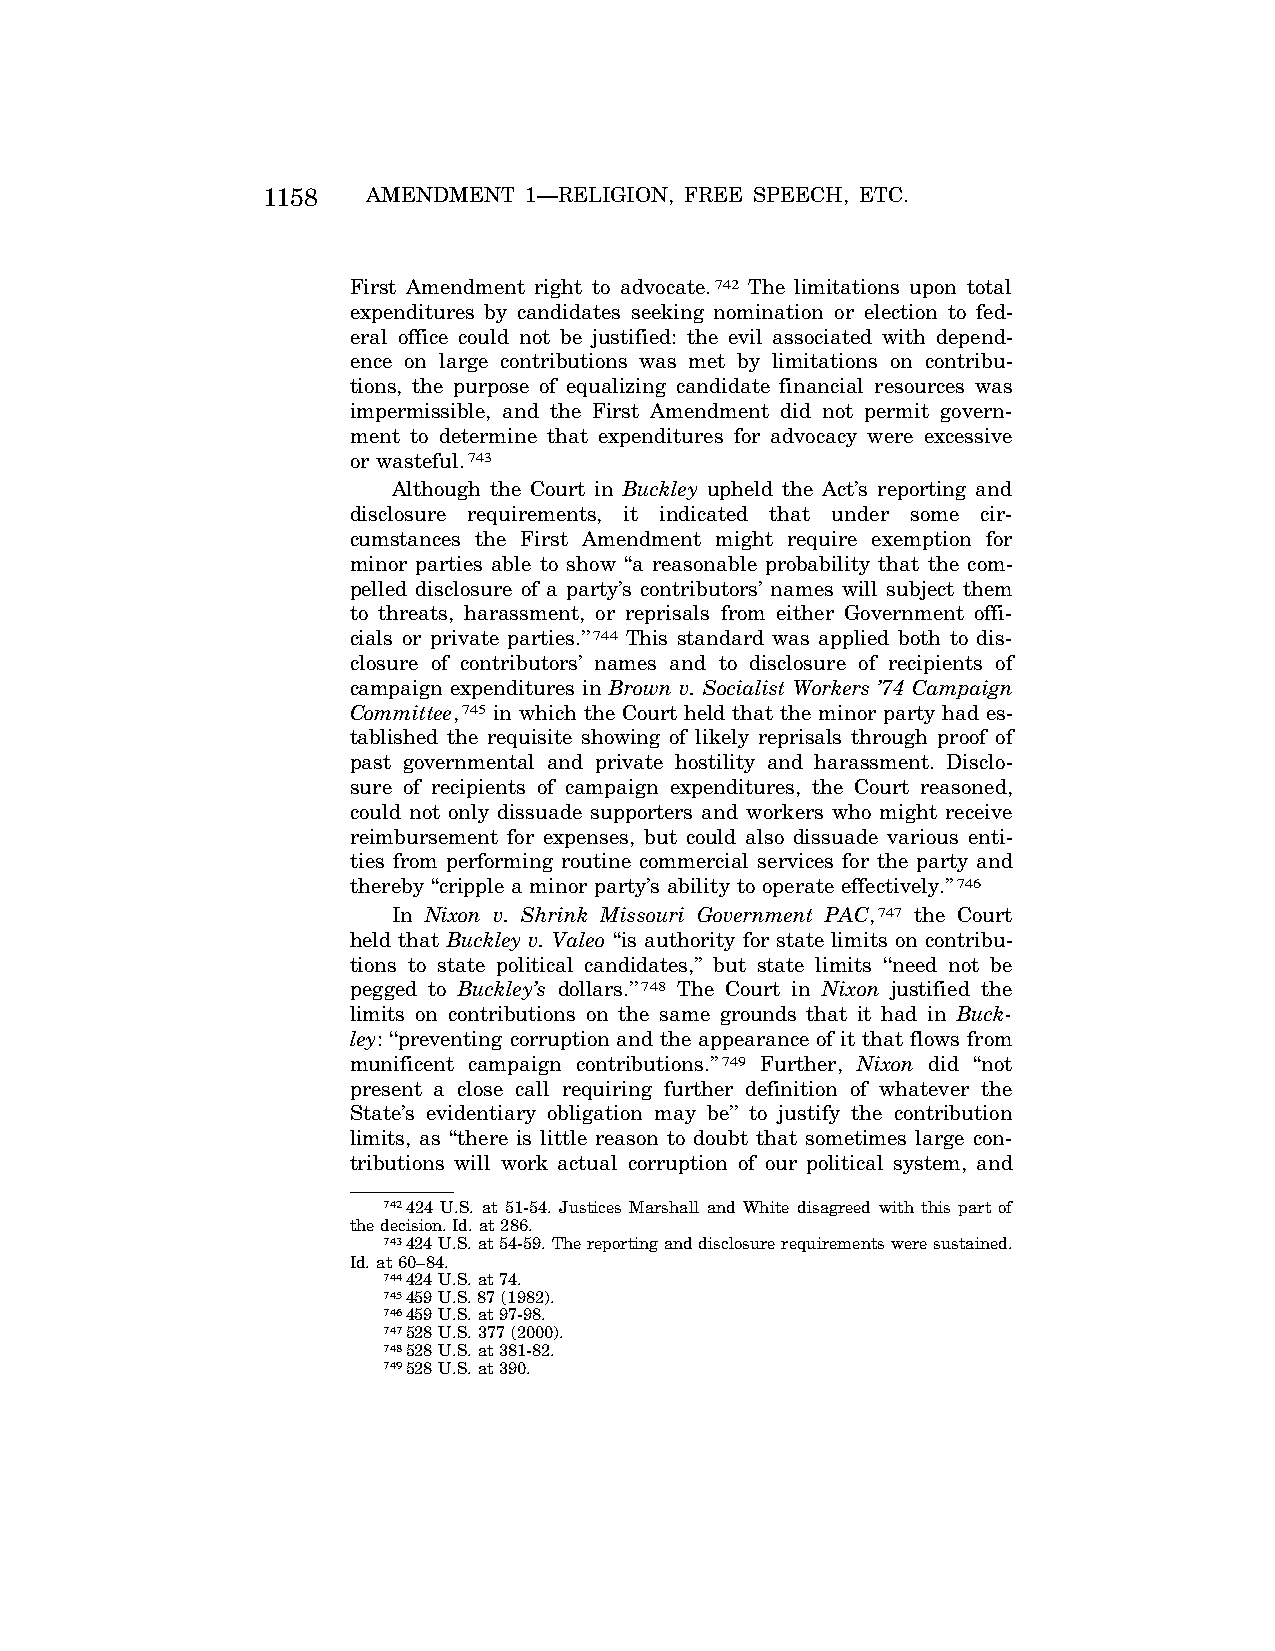
1158   AMENDMENT  1—RELIGION, FREE SPEECH, ETC.
 First Amendment right to advocate.742 The limitations upon total
 expenditures by candidates seeking nomination or election to fed-
 eral office could not be justified: the evil associated with depend-
 ence on large contributions was met by limitations on contribu-
 tions, the purpose of equalizing candidate financial resources was
 impermissible, and the First Amendment did not permit govern-
 ment to determine that expenditures for advocacy were excessive
 or wasteful.743
 Although the Court in Buckley upheld the Act’s reporting and
 disclosure requirements, it indicated that under some cir-
 cumstances the First Amendment might require exemption for
 minor parties able to show ‘‘a reasonable probability that the com-
 pelled disclosure of a party’s contributors’ names will subject them
 to threats, harassment, or reprisals from either Government offi-
 cials or private parties.’’744 This standard was applied both to dis-
 closure of contributors’ names and to disclosure of recipients of
 campaign expenditures in Brown v. Socialist Workers ’74 Campaign
 Committee,745 in which the Court held that the minor party had es-
 tablished the requisite showing of likely reprisals through proof of
 past governmental and private hostility and harassment. Disclo-
 sure of recipients of campaign expenditures, the Court reasoned,
 could not only dissuade supporters and workers who might receive
 reimbursement for expenses, but could also dissuade various enti-
 ties from performing routine commercial services for the party and
 thereby ‘‘cripple a minor party’s ability to operate effectively.’’746
 In Nixon v. Shrink Missouri Government PAC,747 the Court
 held that Buckley v. Valeo ‘‘is authority for state limits on contribu-
 tions to state political candidates,’’ but state limits ‘‘need not be
 pegged to Buckley’s dollars.’’748 The Court in Nixon justified the
 limits on contributions on the same grounds that it had in Buck-
 ley: ‘‘preventing corruption and the appearance of it that flows from
 munificent campaign contributions.’’749 Further, Nixon did ‘‘not
 present a close call requiring further definition of whatever the
 State’s evidentiary obligation may be’’ to justify the contribution
 limits, as ‘‘there is little reason to doubt that sometimes large con-
 tributions will work actual corruption of our political system, and
 742424 U.S. at 51-54. Justices Marshall and White disagreed with this part of
 the decision. Id. at 286.
 743424 U.S. at 54-59. The reporting and disclosure requirements were sustained.
 Id. at 60–84.
 744424 U.S. at 74.
 745459 U.S. 87 (1982).
 746459 U.S. at 97-98.
 747528 U.S. 377 (2000).
 748528 U.S. at 381-82.
 749528 U.S. at 390.
 VerDate Apr<15>2004 08:57 Jun 25, 2004 Jkt 077500 PO 00000 Frm 00146 Fmt 8222 Sfmt 8222 C:\CONAN\CON024.SGM PRFM99 PsN: CON024